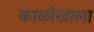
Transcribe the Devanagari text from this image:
काळोखाला